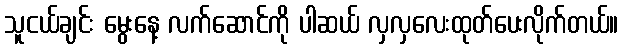
သူငယ်ချင်း မွေးနေ့ လက်ဆောင်ကို ပါဆယ် လှလှလေးထုတ်ပေးလိုက်တယ်။